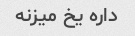
داره یخ میزنه